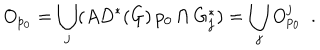
LaTeX: O _ { p _ { 0 } } = \bigcup _ { j } ( A D ^ { * } ( G ) \, p _ { 0 } \cap G _ { j } ^ { * } ) = \bigcup _ { j } O _ { p _ { 0 } } ^ { j } \ \ .